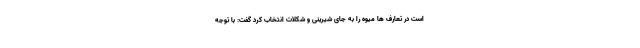
است در تعارف ها میوه را به جای شیرینی و شکلات انتخاب کرد گفت: با توجه